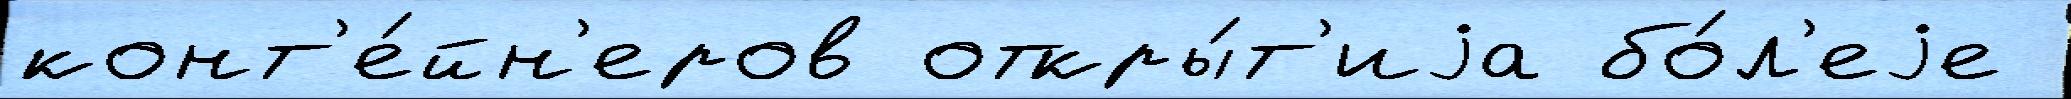
конт'е́йн'еров откры́т'иjа бо́л'еjе